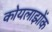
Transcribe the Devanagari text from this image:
कोयलाझोंक